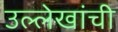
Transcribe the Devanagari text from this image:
उल्लेखांची